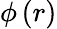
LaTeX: \phi\left(r\right)